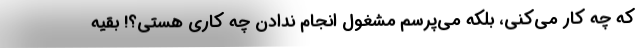
که چه کار می‌کنی، بلکه می‌پرسم مشغول انجام ندادن چه کاری هستی؟! بقیه